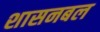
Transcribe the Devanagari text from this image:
शासनबल